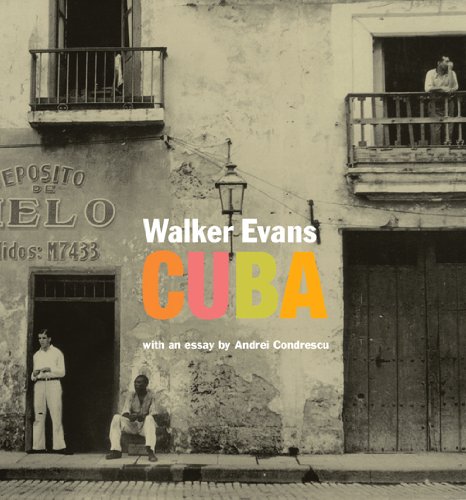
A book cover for Walker Evans: Cuba; Andrei Codrescu; Travel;